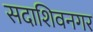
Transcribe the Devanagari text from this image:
सदाशिवनगर